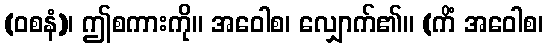
(ဝစနံ)၊ ဤစကားကို။ အဝေါစ၊ လျှောက်၏။ (ကိံ အဝေါစ၊